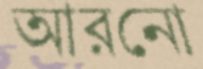
আরনো